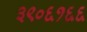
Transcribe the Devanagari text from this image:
३९०६१६६